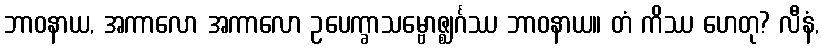
ဘာဝနာယ, အကာလော အကာလော ဥပေက္ခာသမ္ဗောဇ္ဈင်္ဂဿ ဘာဝနာယ။ တံ ကိဿ ဟေတု? လီနံ,